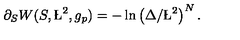
\partial _ { S } W ( S , \L ^ { 2 } , g _ { p } ) = - \ln \left( \Delta / \L ^ { 2 } \right) ^ { N } .